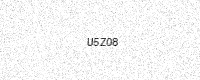
Text: U5Z08